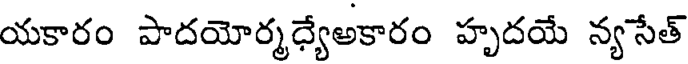
యకారం పాదయోర్మధ్యేఅకారం హృదయే న్యసేత్